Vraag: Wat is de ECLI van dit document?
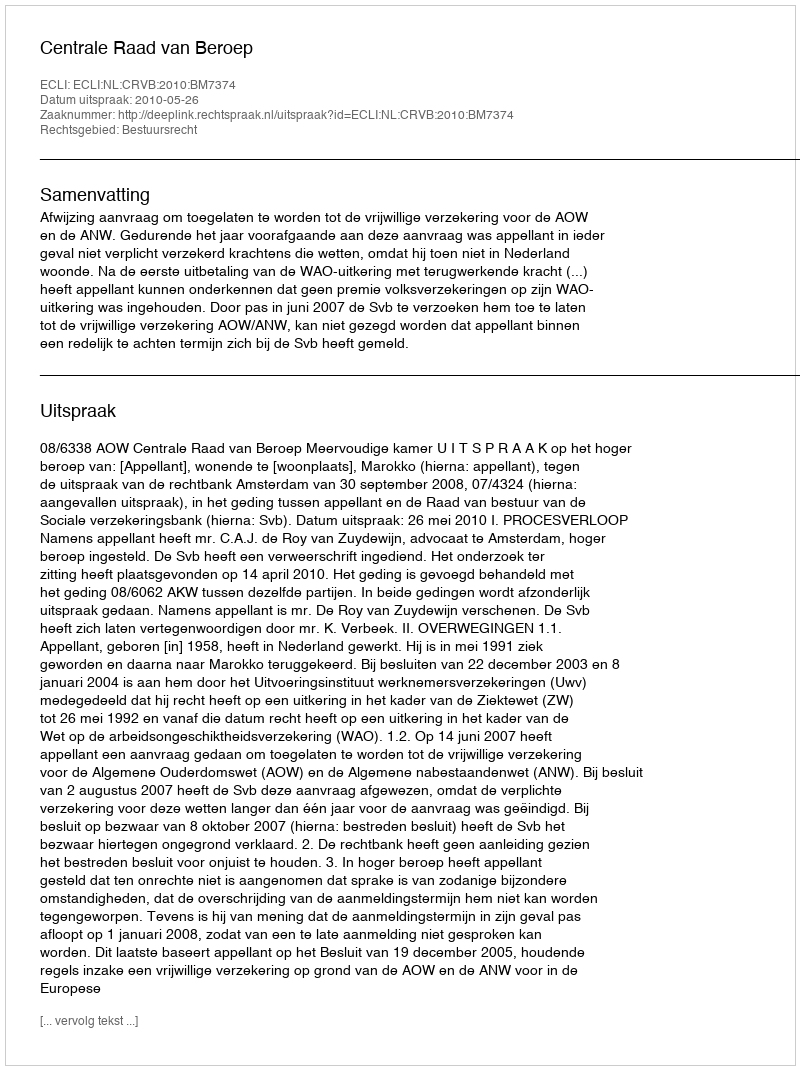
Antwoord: ECLI:NL:CRVB:2010:BM7374